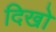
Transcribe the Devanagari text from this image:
दिखो